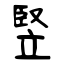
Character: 竪